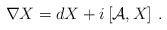
\begin{align*}\nabla X=dX+i\left[{\cal A},X\right]\,.\end{align*}